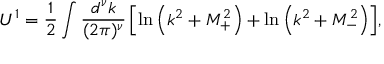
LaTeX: U ^ { 1 } = \frac { 1 } { 2 } \int \frac { d ^ { \nu } k } { ( 2 \pi ) ^ { \nu } } \, \Bigl [ \ln \left( k ^ { 2 } + M _ { + } ^ { 2 } \right) + \ln \left( k ^ { 2 } + M _ { - } ^ { 2 } \right) \Bigr ] ,